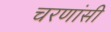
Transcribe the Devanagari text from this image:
चरणांसी